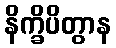
နိက္ခိပိတွာန